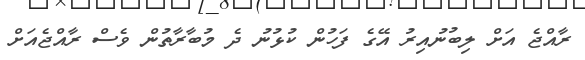
ރާއްޖެ އަށް ލިބުނުއިރު އޭގެ ފަހުން ކުޅުނު ދެ މުބާރާތުން ވެސް ރާއްޖެއަށް